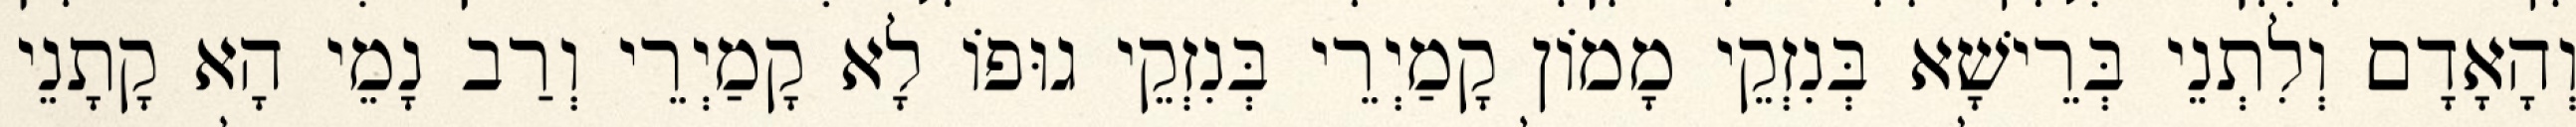
וְהָאָדָם וְלִתְנֵי בְּרֵישָׁא בְּנִזְקֵי מָמוֹן קָמַיְרֵי בְּנִזְקֵי גוּפוֹ לָא קָמַיְרֵי וְרַב נָמֵי הָא קָתָנֵי